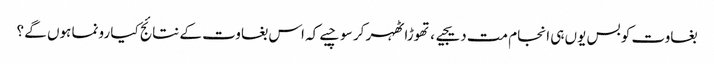
بغاوت کو بس یوں ہی انجام مت دیجیے ، تھوڑا ٹھہر کر سوچیے کہ اس بغاوت کے نتائج کیا رونما ہوں گے ؟